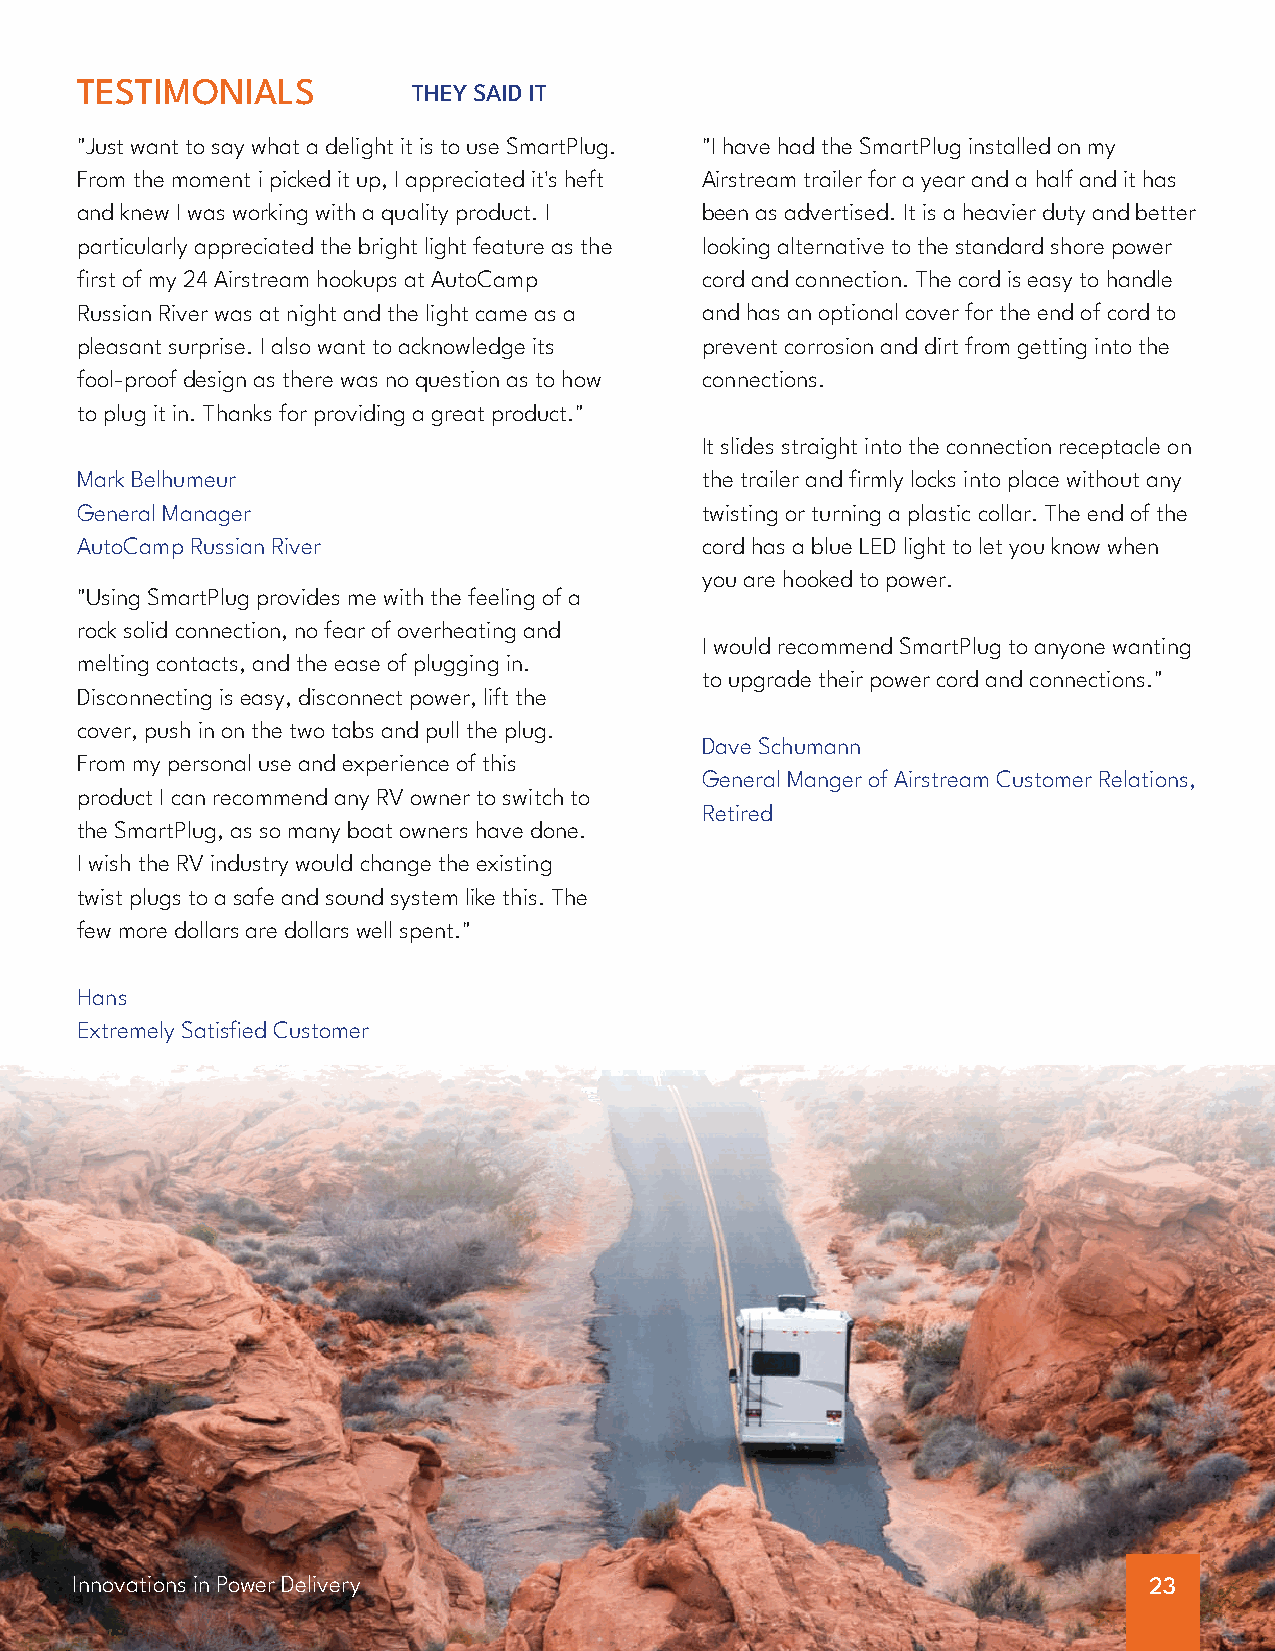
TESTIMONIALS          THEY SAID IT
 "Just want to say what a delight it is to use SmartPlug. "I have had the SmartPlug installed on my
 From the moment i picked it up, I appreciated it's heft Airstream trailer for a year and a half and it has
 and knew I was working with a quality product. I been as advertised. It is a heavier duty and better
 particularly appreciated the bright light feature as the looking alternative to the standard shore power
 first of my 24 Airstream hookups at AutoCamp cord and connection. The cord is easy to handle
 Russian River was at night and the light came as a and has an optional cover for the end of cord to
 pleasant surprise. I also want to acknowledge its prevent corrosion and dirt from getting into the
 fool-proof design as there was no question as to how connections.
 to plug it in. Thanks for providing a great product."
 It slides straight into the connection receptacle on
 Mark Belhumeur                           the trailer and firmly locks into place without any
 General Manager                          twisting or turning a plastic collar. The end of the
 AutoCamp Russian River                   cord has a blue LED light to let you know when
 you are hooked to power.
 "Using SmartPlug provides me with the feeling of a
 rock solid connection, no fear of overheating and
 I would recommend SmartPlug to anyone wanting
 melting contacts, and the ease of plugging in.
 to upgrade their power cord and connections."
 Disconnecting is easy, disconnect power, lift the
 cover, push in on the two tabs and pull the plug.
 Dave Schumann
 From my personal use and experience of this
 General Manger of Airstream Customer Relations,
 product I can recommend any RV owner to switch to
 Retired
 the SmartPlug, as so many boat owners have done.
 I wish the RV industry would change the existing
 twist plugs to a safe and sound system like this. The
 few more dollars are dollars well spent."
 Hans
 Extremely Satisfied Customer
 Innovations in Power Delivery                                          23